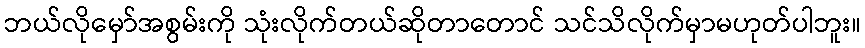
ဘယ်လိုမှော်အစွမ်းကို သုံးလိုက်တယ်ဆိုတာတောင် သင်သိလိုက်မှာမဟုတ်ပါဘူး။